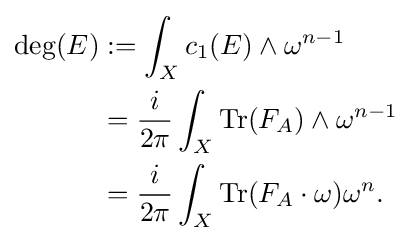
{\begin{aligned}\deg(E)&:=\int _{X}c_{1}(E)\wedge \omega ^{n-1}\\&={\frac {i}{2\pi }}\int _{X}\operatorname {Tr} (F_{A})\wedge \omega ^{n-1}\\&={\frac {i}{2\pi }}\int _{X}\operatorname {Tr} (F_{A}\cdot \omega )\omega ^{n}.\end{aligned}}